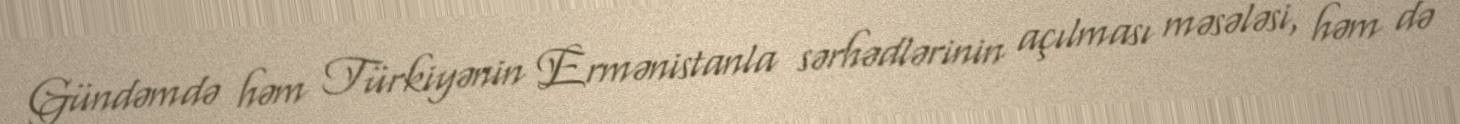
Gündəmdə həm Türkiyənin Ermənistanla sərhədlərinin açılması məsələsi, həm də